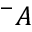
^ - A